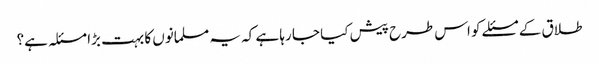
طلاق کے مسئلے کو اس طرح پیش کیا جا رہا ہے کہ یہ مسلمانوں کا بہت بڑا مسئلہ ہے؟